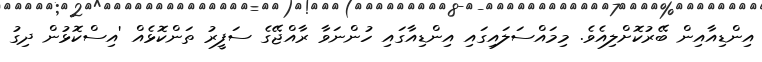
އިންޑިއާއިން ބޭރުކޮށްލިއެވެ. މިމައްސަލައިގައި އިންޑިއާގައި ހުންނަވާ ރާއްޖޭގެ ސަފީރު ތަންކޮޅެއް 'އިސްކޮޅުން ދިގު